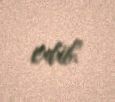
edib.